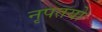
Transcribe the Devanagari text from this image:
नृपतयो